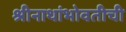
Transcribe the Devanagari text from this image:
श्रीनाथांभोवतीची